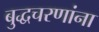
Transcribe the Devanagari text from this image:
बुद्धचरणांना